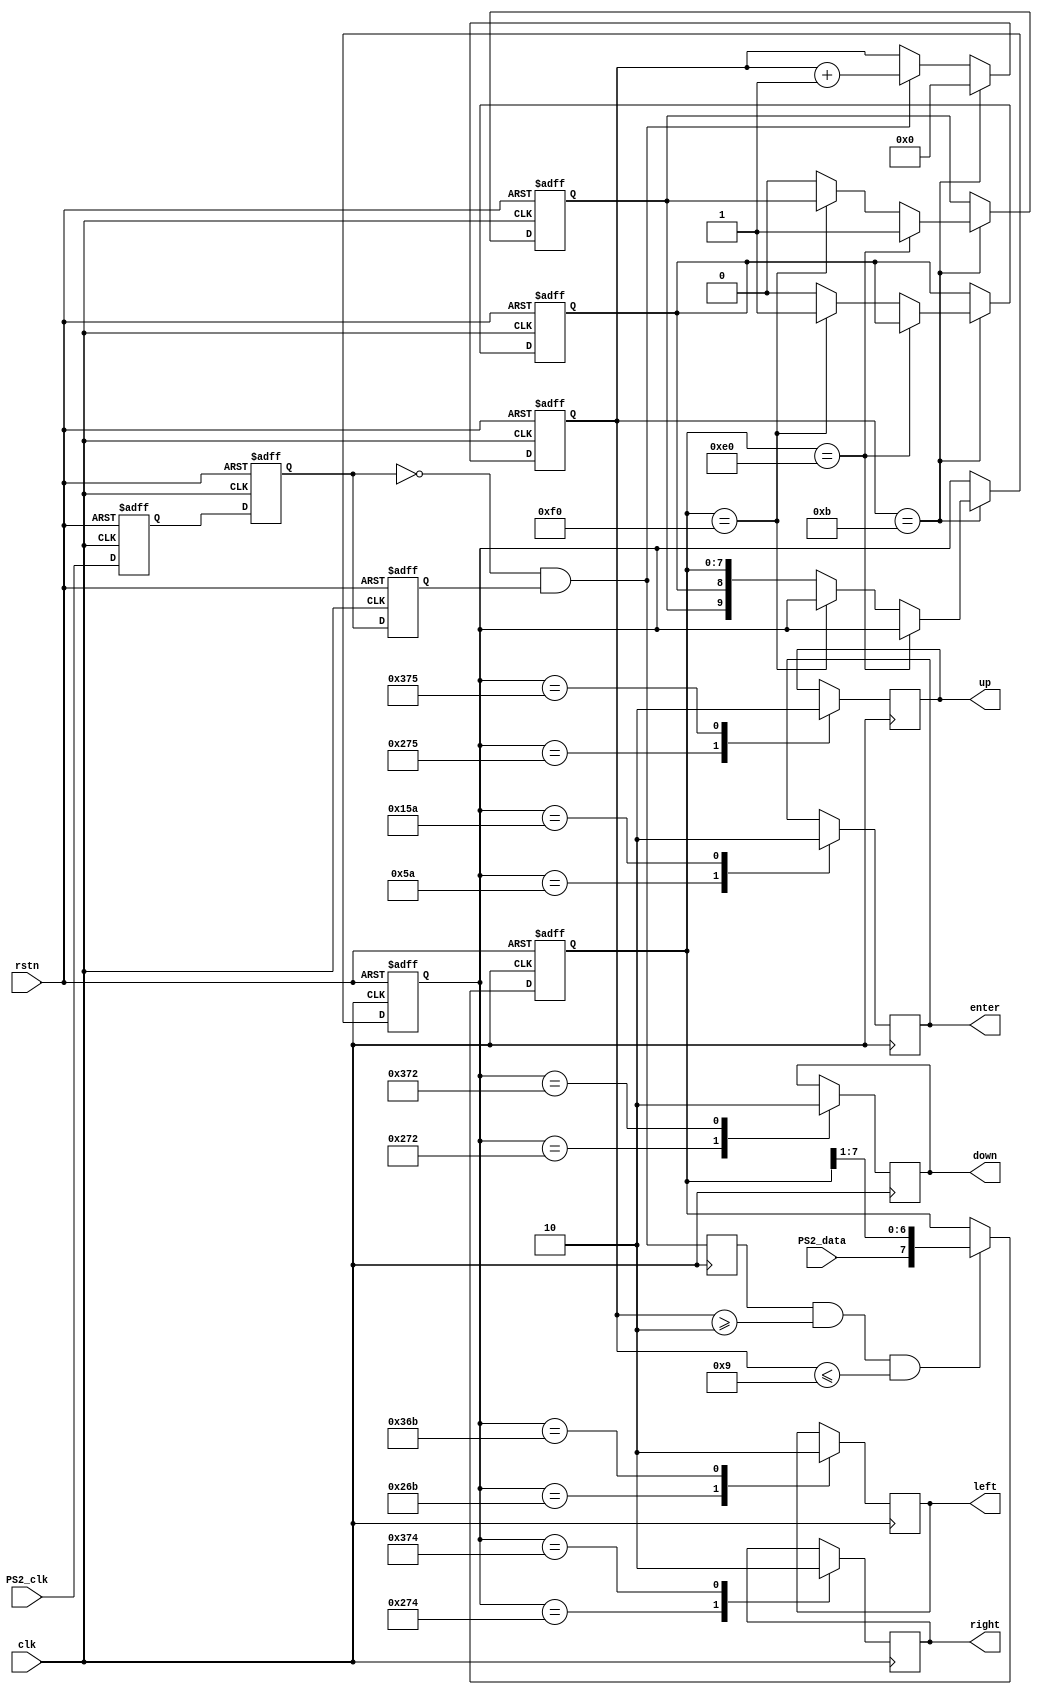
module PS2(
	input clk, // 100 MHz
	input rstn,
	input PS2_clk, PS2_data, 
	output reg up, left, right, enter, down // key down -> HIGH
	);

	reg PS2_clk_falg0, PS2_clk_falg1, PS2_clk_falg2;
	wire negedge_PS2_clk = !PS2_clk_falg1 & PS2_clk_falg2;
	reg negedge_PS2_clk_shift;
	reg [9:0] data;
	reg data_break, data_done, data_expand;
	reg[7:0]temp_data;
	reg[3:0]num;

	always@(posedge clk or negedge rstn)begin
		if(!rstn)begin
			PS2_clk_falg0<=1'b0;
			PS2_clk_falg1<=1'b0;
			PS2_clk_falg2<=1'b0;
		end
		else begin
			PS2_clk_falg0<=PS2_clk;
			PS2_clk_falg1<=PS2_clk_falg0;
			PS2_clk_falg2<=PS2_clk_falg1;
		end
	end

	always@(posedge clk or negedge rstn)begin
		if(!rstn)
			num<=4'd0;
		else if (num==4'd11)
			num<=4'd0;
		else if (negedge_PS2_clk)
			num<=num+1'b1;
	end

	always@(posedge clk)begin
		negedge_PS2_clk_shift<=negedge_PS2_clk;
	end


	always@(posedge clk or negedge rstn)begin
		if(!rstn)
			temp_data<=8'd0;
		else if (negedge_PS2_clk_shift && num >= 2 && num <= 9)begin
				temp_data <= {PS2_data, temp_data[7:1]};
		end
		else temp_data<=temp_data;
	end

	always@(posedge clk or negedge rstn)begin
		if(!rstn)begin
			data_break<=1'b0;
			data<=10'd0;
			data_done<=1'b0;
			data_expand<=1'b0;
		end
		else if(num==4'd11)begin
			if(temp_data==8'hE0)begin
				data_expand<=1'b1;
			end
			else if(temp_data==8'hF0)begin
				data_break<=1'b1;
			end
			else begin
				data<={data_expand,data_break,temp_data};
				data_done<=1'b1;
				data_expand<=1'b0;
				data_break<=1'b0;
			end
		end
		else begin
			data<=data;
			data_done<=1'b0;
			data_expand<=data_expand;
			data_break<=data_break;
		end
	end

	always @(posedge clk) begin
		case (data)
			10'h05A:enter <= 1;
			10'h15A:enter <= 0;
			10'h275:up <= 1;
			10'h375:up <= 0;
			10'h26B:left <= 1;
			10'h36B:left <= 0;
			10'h274:right <= 1;
			10'h374:right <= 0;
			10'h272:down <= 1;
			10'h372:down <= 0;
		endcase
	end

endmodule